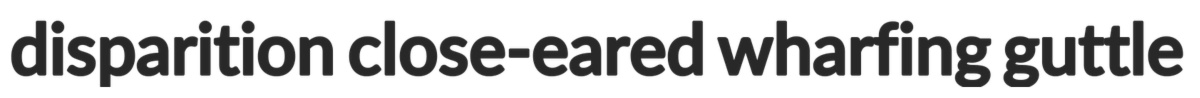
disparition close-eared wharfing guttle